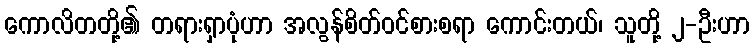
ကောလိတတို့၏ တရားရှာပုံဟာ အလွန်စိတ်ဝင်စားစရာ ကောင်းတယ်၊ သူတို့ ၂-ဦးဟာ